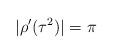
LaTeX: \begin{gather*}|\rho'(\tau^2)|=\pi\end{gather*}